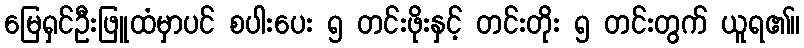
မြေရှင်ဦးဖြူထံမှာပင် စပါးပေး ၅ တင်းဖိုးနှင့် တင်းတိုး ၅ တင်းတွက် ယူရ၏။